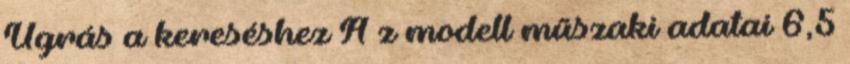
Ugrás a kereséshez A z modell műszaki adatai 6,5